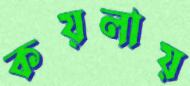
কয়লায়